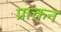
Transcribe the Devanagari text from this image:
प्राक्तन